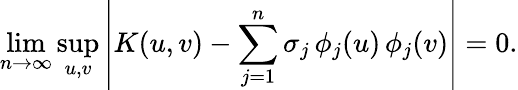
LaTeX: \operatorname*{lim}_{n\to\infty}\operatorname*{sup}_{u,v}\left|K(u,v)-\sum_{j=1}^{n}\sigma_{j}\, \phi_{j}(u)\, \phi_{j}(v)\right|=0.